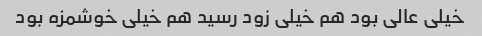
خیلی عالی بود هم خیلی زود رسید هم خیلی خوشمزه بود